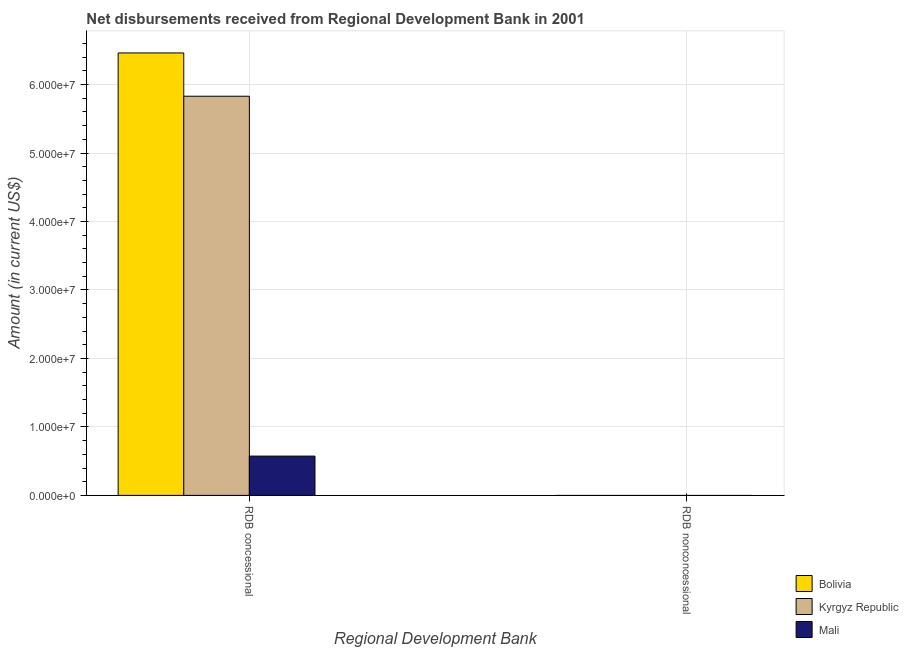
| Regional Development Bank | Bolivia | Kyrgyz Republic | Mali |
 | --- | --- | --- | --- |
 | RDB concessional | 6.46e+07 | 5.83e+07 | 5.74e+06 |
 | RDB nonconcessional | -4.03e+07 | -7.7e+06 | -1.45e+05 |